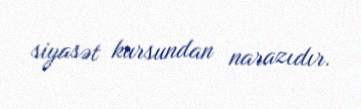
siyasət kursundan narazıdır.